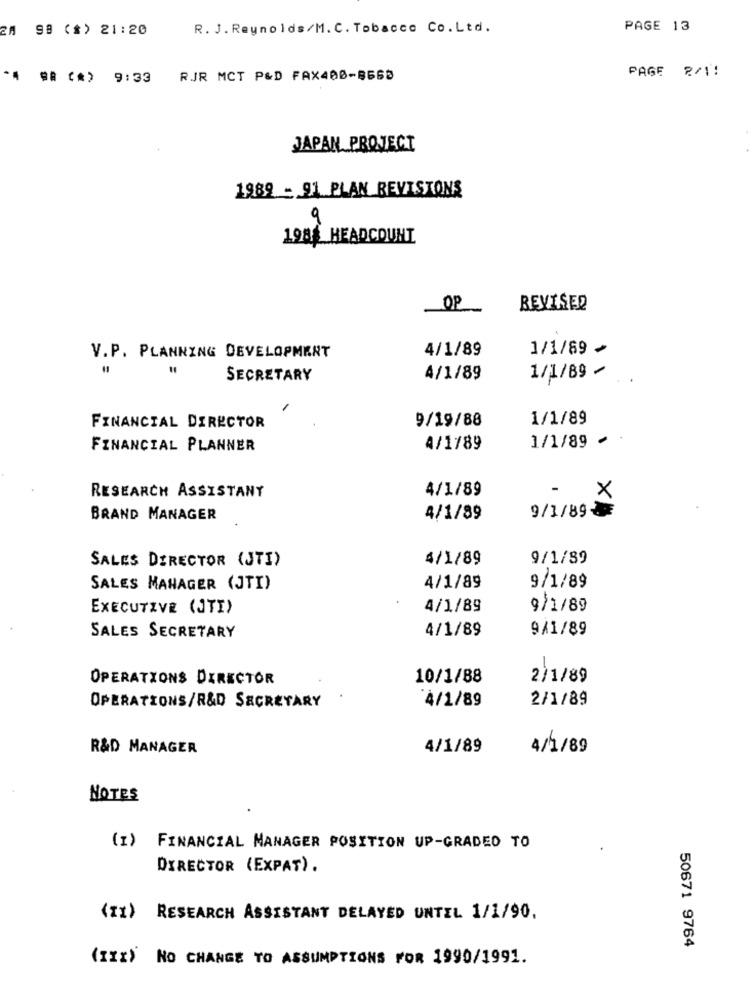
98 (*) 21:20
R. J. Reynolds/M. C. Tobacco Co.Ltd.
PAGE 13
PAGE 2/1!
*# ## (*) 9:33
RJR MCT P&D FAX400-8665
JAPAN PROJECT
1989 - 91 PLAN REVISIONS
9
1984 HEADCOUNT
OP
REVISED
4/1/89
1/1/89 +
V.P. PLANNING DEVELOPMENT
SECRETARY
4/1/89
1/1/89/
9/19/88
1/1/89
FINANCIAL DIRECTOR
1/1/89 ~
FINANCIAL PLANNER
4/1789
RESEARCH ASSISTANT
4/1/89
×
9/1/89-
BRAND MANAGER
4/1/89
SALES DIRECTOR (JTI)
4/1/89
9/1/89
SALES MANAGER (JTI)
4/1/89
9/1/89
EXECUTIVE (TI)
4/1/89
9/1/89
SALES SECRETARY
4/1/89
9/1/89
OPERATIONS DIRECTOR
10/1/88
2)1/89
OPERATIONS/R&D SECRETARY
4/1/89
2/1/89
R&D MANAGER
4/1/89
4/1/89
NOTES
(I) FINANCIAL MANAGER POSITION UP-GRADEO TO
DIRECTOR (EXPAT).
(11)
RESEARCH ASSISTANT DELAYED UNTIL 1/1/90.
50671 9764
(XXX) NO CHANGE TO ASSUMPTIONS FOR 1990/1991.